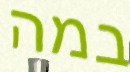
במה